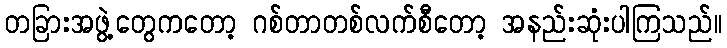
တခြားအဖွဲ့တွေကတော့ ဂစ်တာတစ်လက်စီတော့ အနည်းဆုံးပါကြသည်။